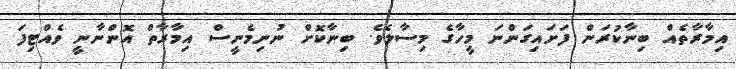
އިމާރާތެއް ބިނާކުރަން ފަށައިގަންނަ މީހާގެ މިސާލެވެ. ބިނާކޮށް ނުނިމެނީސް އިމާރާތް އޮންނާނީ ވެއްޓިފަ